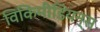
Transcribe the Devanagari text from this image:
विकिमीडियन्स